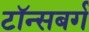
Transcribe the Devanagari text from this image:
टॉन्सबर्ग